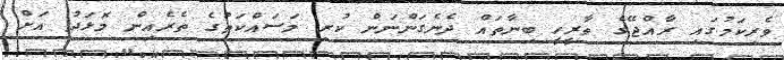
ވެރިކަމުގައި ރާއްޖޭގެ ތާރީހީ ބިނާތައް ދެނެގަންނަން ކުރި މަސައްކަތުގެ ތެރެއިން މޮޅަދު އަށް